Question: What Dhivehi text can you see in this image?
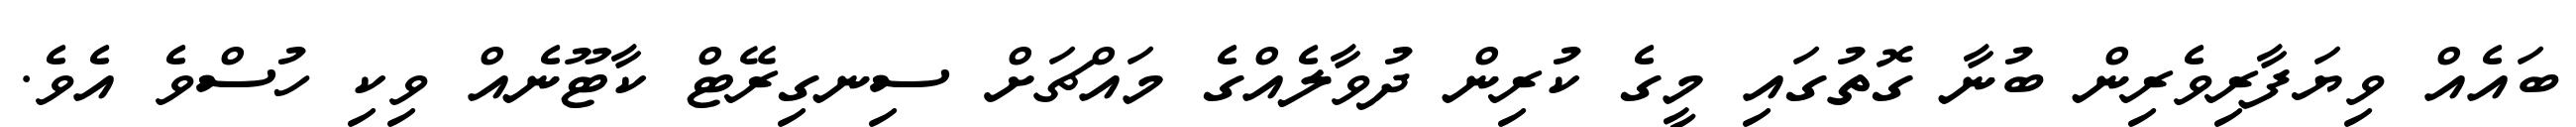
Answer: ބައެއް ވިޔަފާރިވެރިން ބުނާ ގޮތުގައި މީގެ ކުރިން ދުވާލެއްގެ މައްޗަށް ސިނގިރޭޓް ކާޓޫނެއް ވިކި ހުސްވެ އެވެ.